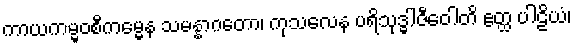
ကာယကမ္မဝစီကမ္မေန သမန္နာဂတော၊ ကုသလေန ပရိသုဒ္ဓါဇီဝေါတိ ဧတ္ထ ပါဠိယံ၊